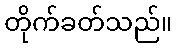
တိုက်ခတ်သည်။